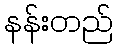
နန်းတည်